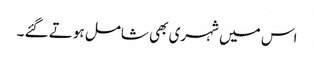
اس میں شہری بھی شامل ہوتے گئے ۔